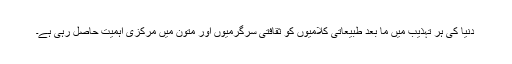
دنیا کی ہر تہذیب میں ما بعد طبیعاتی کلامیوں کو ثقافتی سرگرمیوں اور متون میں مرکزی اہمیت حاصل رہی ہے۔